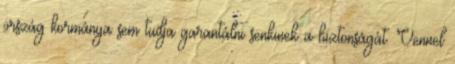
ország kormánya sem tudja garantálni senkinek a biztonságát. Vennel